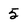
Character: 5